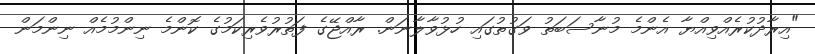
"އިރާދުކުރެއްވިއްޔާ އެންމެ މުނާސަބަތު ވަގުތުގައި ހުޅުވާލާނަން. ރާއްޖޭގެ ފަތުރުވެރިކަމުގެ ކޮންމެ ނިންމުމެއް ނިންމަން